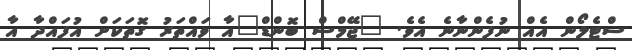
ސްޓެލޯން އެއް ނުފެންނާނެ އެވެ. "ޖޭމްސް ބޮންޑް"އާ ވައްތަރު ގޮތަކަށް އުފައްދާ އާ